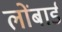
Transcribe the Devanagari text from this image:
लोंबार्ड